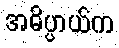
အဓိပ္ပာယ်က